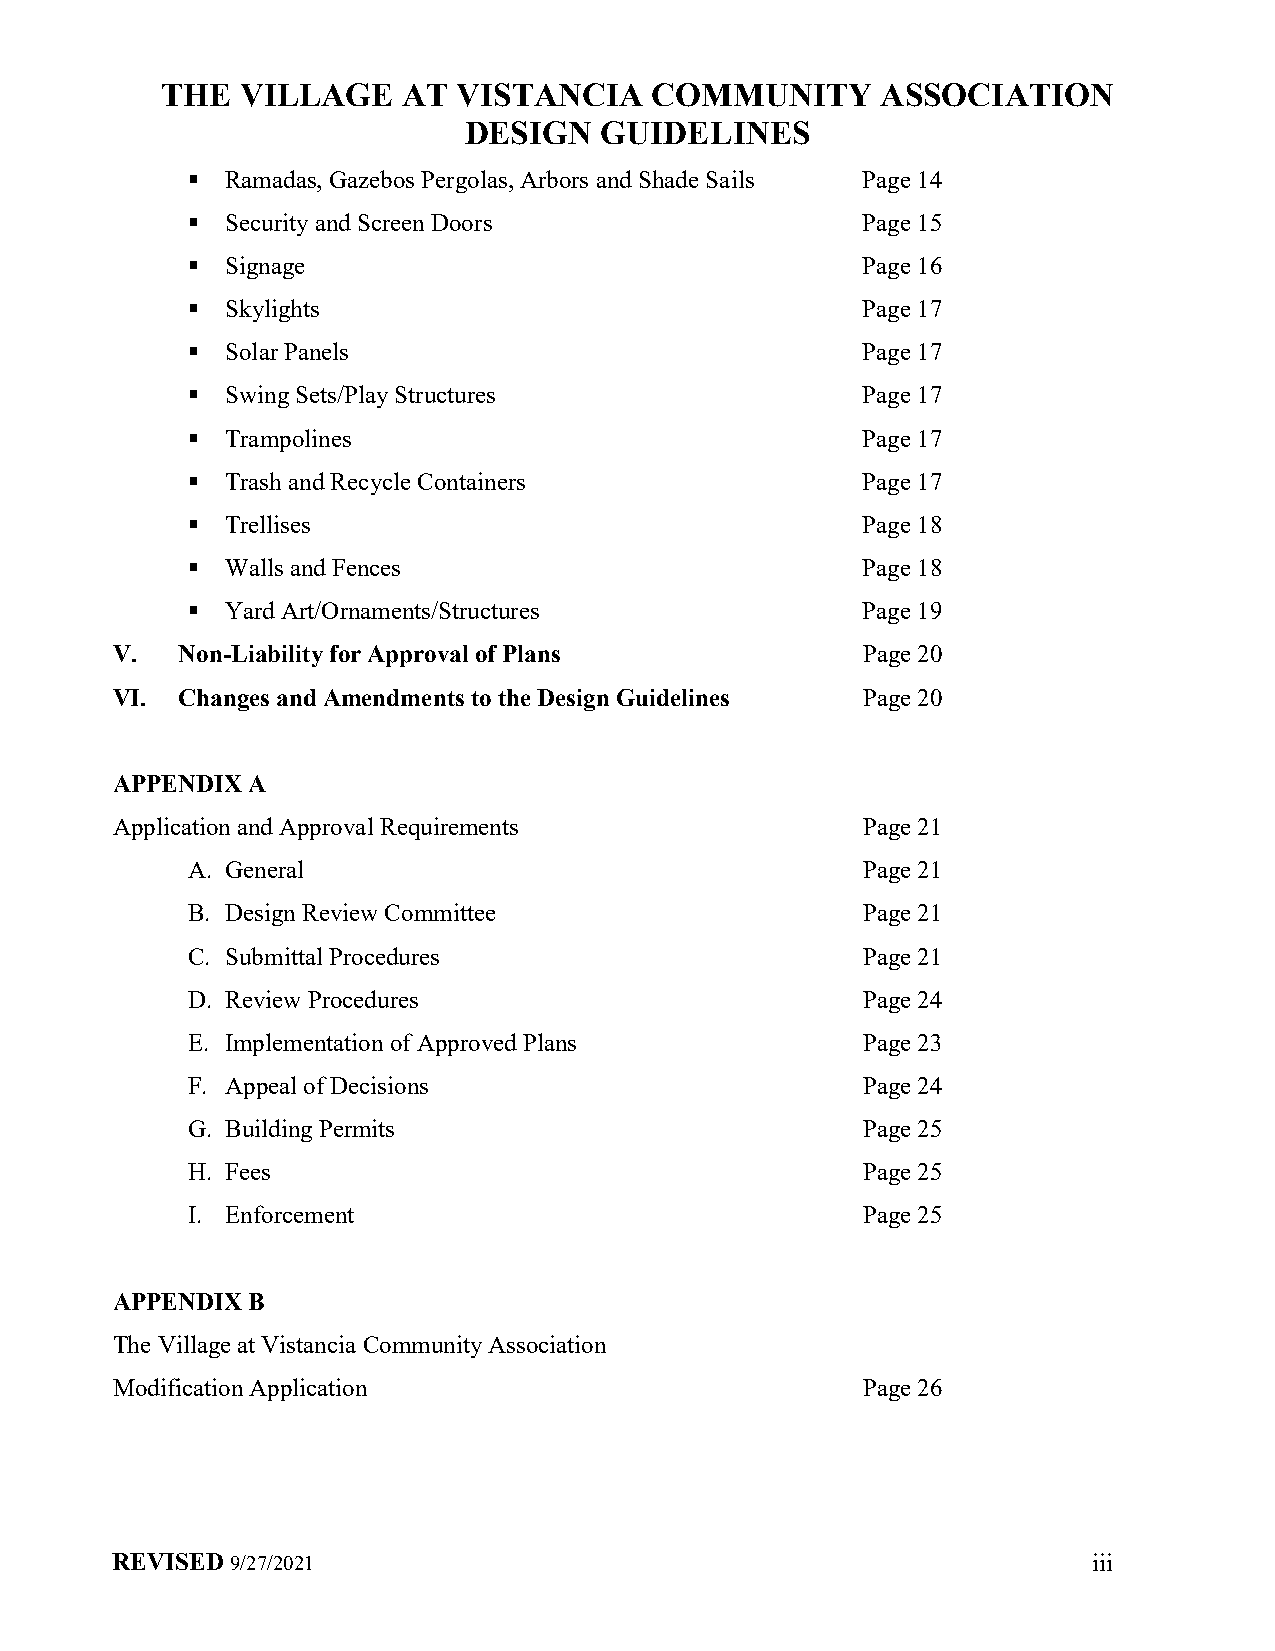
THE  VILLAGE    AT VISTANCIA    COMMUNITY      ASSOCIATION
 DESIGN   GUIDELINES
   Ramadas, Gazebos Pergolas, Arbors and Shade Sails Page 14
   Security and Screen Doors                 Page 15
   Signage                                   Page 16
   Skylights                                 Page 17
   Solar Panels                              Page 17
   Swing Sets/Play Structures                Page 17
   Trampolines                               Page 17
   Trash and Recycle Containers              Page 17
   Trellises                                 Page 18
   Walls and Fences                          Page 18
   Yard Art/Ornaments/Structures             Page 19
 V.   Non-Liability for Approval of Plans          Page 20
 VI.  Changes and Amendments to the Design Guidelines Page 20
 APPENDIX A
 Application and Approval Requirements             Page 21
 A. General                                   Page 21
 B. Design Review Committee                   Page 21
 C. Submittal Procedures                      Page 21
 D. Review Procedures                         Page 24
 E. Implementation of Approved Plans          Page 23
 F. Appeal of Decisions                       Page 24
 G. Building Permits                          Page 25
 H. Fees                                      Page 25
 I. Enforcement                               Page 25
 APPENDIX B
 The Village at Vistancia Community Association
 Modification Application                          Page 26
 REVISED 9/27/2021                                                iii